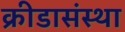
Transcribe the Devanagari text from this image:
क्रीडासंस्था